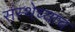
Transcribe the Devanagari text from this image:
संस्थेच्याच